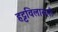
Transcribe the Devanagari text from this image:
हट्टविलासनी